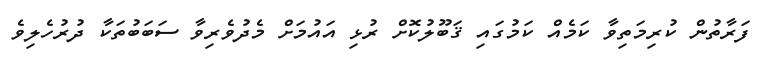
ފަރާތުން ކުރިމަތިވާ ކަމެއް ކަމުގައި ޤަބޫލުކޮށް ރުޅި އައުމަށް މެދުވެރިވާ ސަބަބުތަކާ ދުރުހެލިވެ